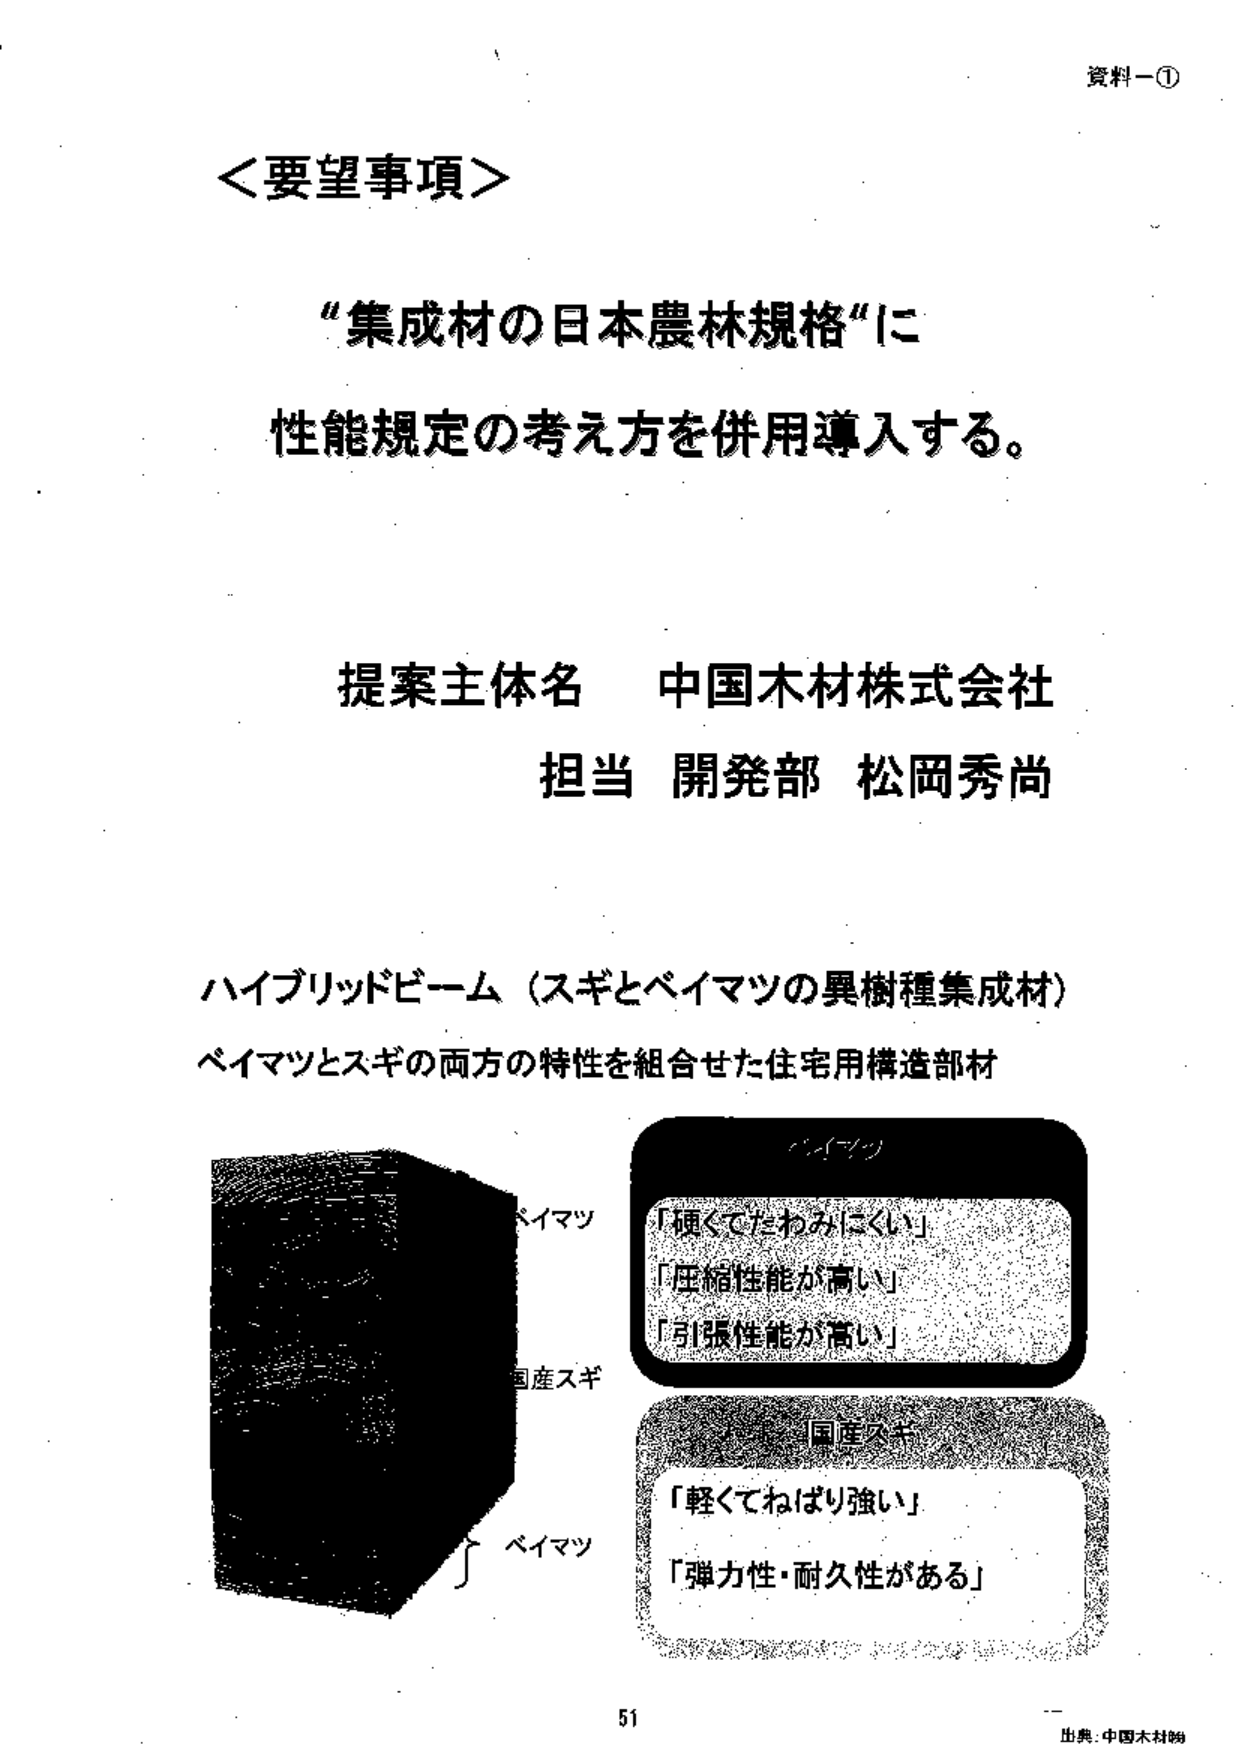
資料一①

＜要望事項＞

“集成材の日本農林規格”に
性能規定の考え方を併用導入する。

提案主体名　中国木材株式会社
担当　開発部　松岡秀尚

ハイブリッドビーム（スギとベイマツの異樹種集成材）
ベイマツとスギの両方の特性を組合せた住宅用構造部材

ベイマツ
「硬くてたわみにくい」
「圧縮性能が高い」
「引張性能が高い」

国産スギ
「軽くてねばり強い」
「弾力性・耐久性がある」

51
出典：中国木材㈱